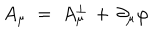
LaTeX: A _ { \mu } \; = \; A _ { \mu } ^ { \perp } \, + \, \partial _ { \mu } \varphi